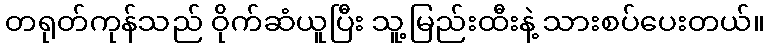
တရုတ်ကုန်သည် ဝိုက်ဆံယူပြီး သူ့မြည်းထီးနဲ့ သားစပ်ပေးတယ်။